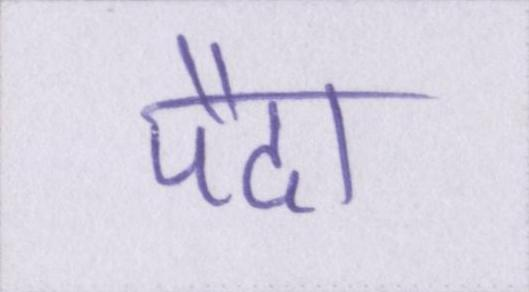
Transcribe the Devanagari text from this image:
पैदा